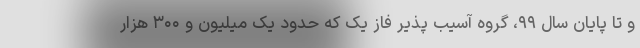
و تا پایان سال ۹۹، گروه آسیب پذیر فاز یک که حدود یک میلیون و ۳۰۰ هزار